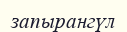
запырангүл